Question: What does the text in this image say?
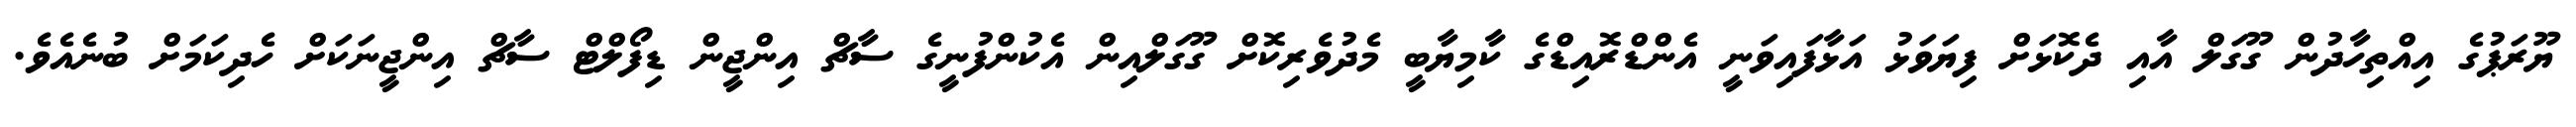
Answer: ޔޫރަޕުގެ އިއްތިހާދުން ގޫގަލް އާއި ދެކޮޅަށް ފިޔަވަޅު އަޅާފައިވަނީ އެންޑްރޮއިޑްގެ ކާމިޔާބީ މެދުވެރިކޮށް ގޫގަލްއިން އެކުންފުނީގެ ސާޗް އިންޖީން ޑިފޯލްޓް ސާޗް އިންޖީނަކަށް ހެދިކަމަށް ބުނެއެވެ.